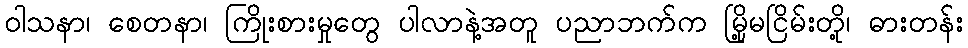
ဝါသနာ၊ စေတနာ၊ ကြိုးစားမှုတွေ ပါလာနဲ့အတူ ပညာဘက်က မြို့မငြိမ်းတို့၊ ဓားတန်း